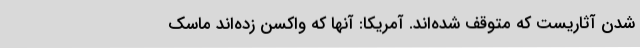
شدن آثاریست که متوقف شده‌اند. آمریکا: آنها که واکسن زده‌اند ماسک‌